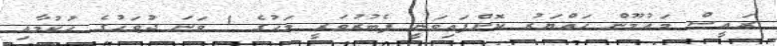
ރައީސް މައުމޫން ހައްޔަރު ކޮށްފައިވަނީ ފެބުރުވަރީ މަހުގެ 1 ވަނަ ދުވަހުގެ ހުކުމާއި